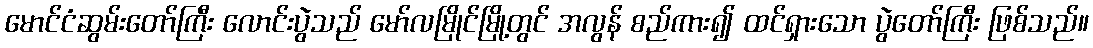
မောင်ငံဆွမ်းတော်ကြီး လောင်းပွဲသည် မော်လမြိုင်မြို့တွင် အလွန် စည်ကား၍ ထင်ရှားသော ပွဲတော်ကြီး ဖြစ်သည်။